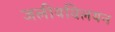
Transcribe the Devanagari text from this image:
जलीयविलयन